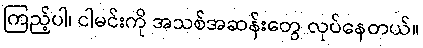
ကြည့်ပါ၊ ငါမင်းကို အသစ်အဆန်းတွေ လုပ်နေတယ်။